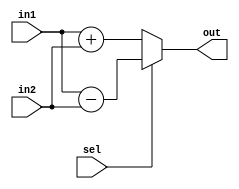
module testCircuit(in1, in2, sel, out);
  input [3:0] in1, in2;
  input sel;
  output [3:0] out;

  reg [3:0] out;

  always @ (in1, in2, sel)
  begin
    if (sel == 0)
        out = in1 + in2;
    else
        out = in1 - in2;
  end

endmodule

module testbench;
  reg [3:0] in1, in2;
  reg sel;
  wire [3:0] out;

  testCircuit myTest(in1, in2, sel, out);

  initial
  begin
    $dumpfile("testCircuit.vcd");
    $dumpvars(0, testbench);
  end

  initial
  begin
    in1 = 4'b0011;
    in2 = 4'b0001;
    sel = 0;
    #10
    sel = 1;
    #10
    $finish;
  end
endmodule